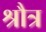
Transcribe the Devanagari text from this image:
श्रौत्र